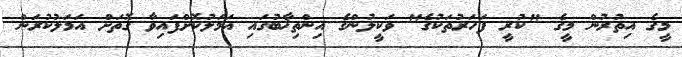
މީގެ އިތުރުން މީގެ "ކުރީ ފަހަރުތަކުގެ" ވަކީލުންގެ އިންތިޚާބުގައި އަމަލުކޮށްފައިވާ ގޮތަށް އަމަލުކުރަން